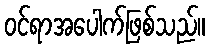
ဝင်ရာအပေါက်ဖြစ်သည်။